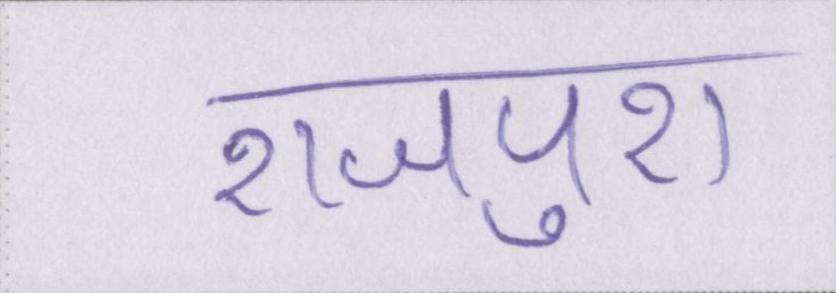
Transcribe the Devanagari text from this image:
राजपुरा